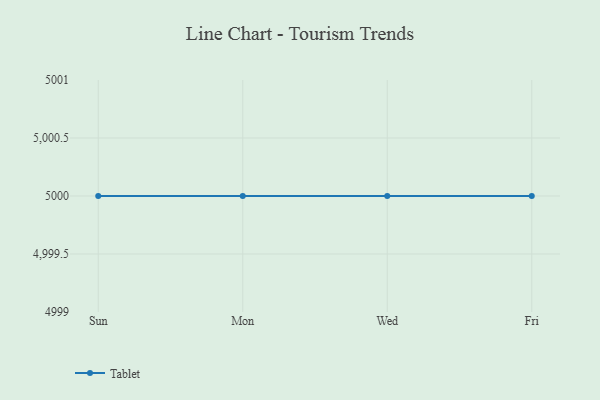
{"axis": {"x": "Day", "y": "Revenue (USD Million)"}, "legend": ["Tablet"], "data": [{"x": "Sun", "y": 5000, "type": "Tablet"}, {"x": "Mon", "y": 5000, "type": "Tablet"}, {"x": "Wed", "y": 5000, "type": "Tablet"}, {"x": "Fri", "y": 5000, "type": "Tablet"}]}